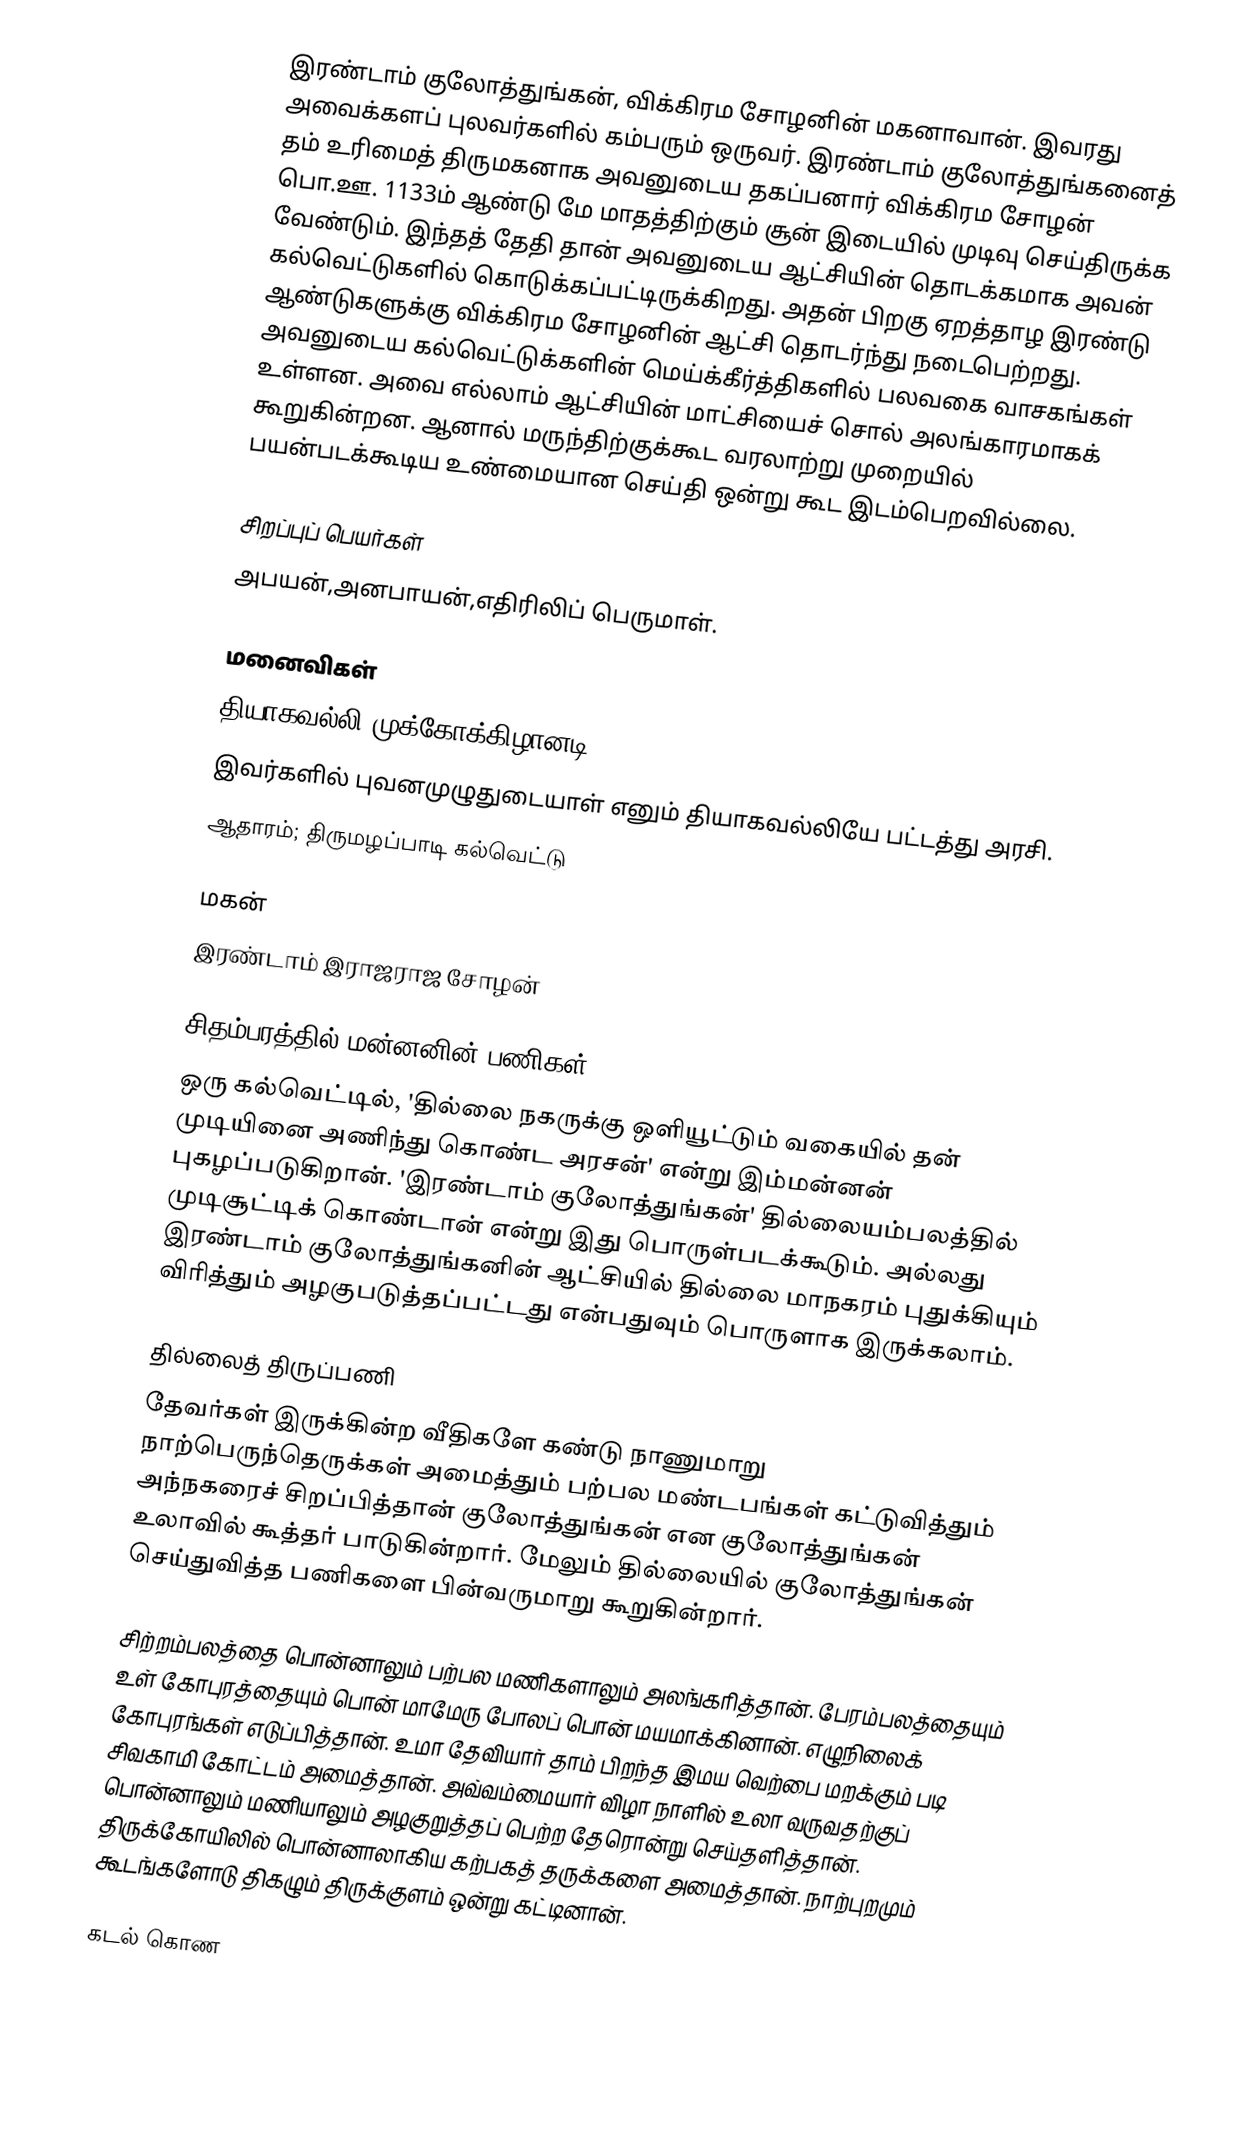
இரண்டாம் குலோத்துங்கன், விக்கிரம சோழனின் மகனாவான். இவரது அவைக்களப் புலவர்களில் கம்பரும் ஒருவர். இரண்டாம் குலோத்துங்கனைத் தம் உரிமைத் திருமகனாக அவனுடைய தகப்பனார் விக்கிரம சோழன் பொ.ஊ. 1133ம் ஆண்டு மே மாதத்திற்கும் சூன் இடையில் முடிவு செய்திருக்க வேண்டும். இந்தத் தேதி தான் அவனுடைய ஆட்சியின் தொடக்கமாக அவன் கல்வெட்டுகளில் கொடுக்கப்பட்டிருக்கிறது. அதன் பிறகு ஏறத்தாழ இரண்டு ஆண்டுகளுக்கு விக்கிரம சோழனின் ஆட்சி தொடர்ந்து நடைபெற்றது. அவனுடைய கல்வெட்டுக்களின் மெய்க்கீர்த்திகளில் பலவகை வாசகங்கள் உள்ளன. அவை எல்லாம் ஆட்சியின் மாட்சியைச் சொல் அலங்காரமாகக் கூறுகின்றன. ஆனால் மருந்திற்குக்கூட வரலாற்று முறையில் பயன்படக்கூடிய உண்மையான செய்தி ஒன்று கூட இடம்பெறவில்லை.

சிறப்புப் பெயர்கள்
அபயன்,அனபாயன்,எதிரிலிப் பெருமாள்.

மனைவிகள்
தியாகவல்லி,முக்கோக்கிழானடி
இவர்களில் புவனமுழுதுடையாள் எனும் தியாகவல்லியே பட்டத்து அரசி.
ஆதாரம்; திருமழப்பாடி கல்வெட்டு

மகன்
 இரண்டாம் இராஜராஜ சோழன்

சிதம்பரத்தில் மன்னனின் பணிகள்
ஒரு கல்வெட்டில், 'தில்லை நகருக்கு ஒளியூட்டும் வகையில் தன் முடியினை அணிந்து கொண்ட அரசன்' என்று இம்மன்னன் புகழப்படுகிறான். 'இரண்டாம் குலோத்துங்கன்' தில்லையம்பலத்தில் முடிசூட்டிக் கொண்டான் என்று இது பொருள்படக்கூடும். அல்லது இரண்டாம் குலோத்துங்கனின் ஆட்சியில் தில்லை மாநகரம் புதுக்கியும் விரித்தும் அழகுபடுத்தப்பட்டது என்பதுவும் பொருளாக இருக்கலாம்.

தில்லைத் திருப்பணி
தேவர்கள் இருக்கின்ற வீதிகளே கண்டு நாணுமாறு நாற்பெருந்தெருக்கள் அமைத்தும் பற்பல மண்டபங்கள் கட்டுவித்தும் அந்நகரைச் சிறப்பித்தான் குலோத்துங்கன் என குலோத்துங்கன் உலாவில் கூத்தர் பாடுகின்றார். மேலும் தில்லையில் குலோத்துங்கன் செய்துவித்த பணிகளை பின்வருமாறு கூறுகின்றார்.

சிற்றம்பலத்தை பொன்னாலும் பற்பல மணிகளாலும் அலங்கரித்தான். பேரம்பலத்தையும் உள் கோபுரத்தையும் பொன் மாமேரு போலப் பொன் மயமாக்கினான். எழுநிலைக் கோபுரங்கள் எடுப்பித்தான். உமா தேவியார் தாம் பிறந்த இமய வெற்பை மறக்கும் படி சிவகாமி கோட்டம் அமைத்தான். அவ்வம்மையார் விழா நாளில் உலா வருவதற்குப் பொன்னாலும் மணியாலும் அழகுறுத்தப் பெற்ற தேரொன்று செய்தளித்தான். திருக்கோயிலில் பொன்னாலாகிய கற்பகத் தருக்களை அமைத்தான். நாற்புறமும் கூடங்களோடு திகழும் திருக்குளம் ஒன்று கட்டினான்.

கடல் கொண